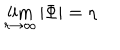
\lim _ { r \rightarrow \infty } | \Phi | = \eta